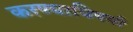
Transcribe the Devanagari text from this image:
करण्‍याविषयी